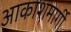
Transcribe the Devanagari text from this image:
आकाशमार्गी